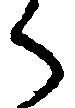
ら